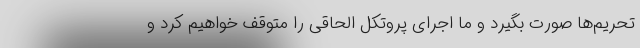
تحریم‌ها صورت بگیرد و ما اجرای پروتکل الحاقی را متوقف خواهیم کرد و